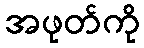
အဖုတ်ကို